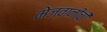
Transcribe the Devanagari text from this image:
मेजवानीची